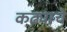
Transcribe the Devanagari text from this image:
कढ्याचे